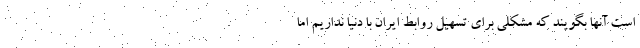
است آنها بگویند که مشکلی برای تسهیل روابط ایران با دنیا نداریم اما